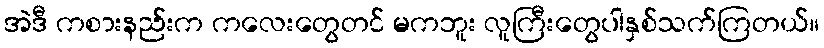
အဲဒီ ကစားနည်းက ကလေးတွေတင် မကဘူး လူကြီးတွေပါနှစ်သက်ကြတယ်။